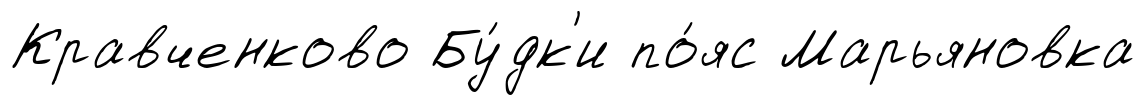
Кравченково Бу́дк'и по́яс Марьяновка